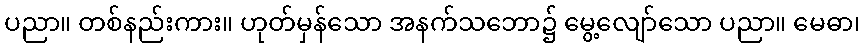
ပညာ။ တစ်နည်းကား။ ဟုတ်မှန်သော အနက်သဘော၌ မွေ့လျော်သော ပညာ။ မေဓာ၊